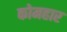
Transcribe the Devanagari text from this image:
कोमहार